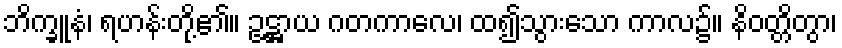
ဘိက္ခူနံ၊ ရဟန်းတို့၏။ ဥဋ္ဌာယ ဂတကာလေ၊ ထ၍သွားသော ကာလ၌။ နိဝတ္တိတွာ၊